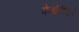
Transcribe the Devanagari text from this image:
फेथेरीको